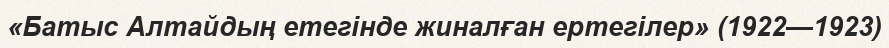
«Батыс Алтайдың етегінде жиналған ертегілер» (1922—1923)